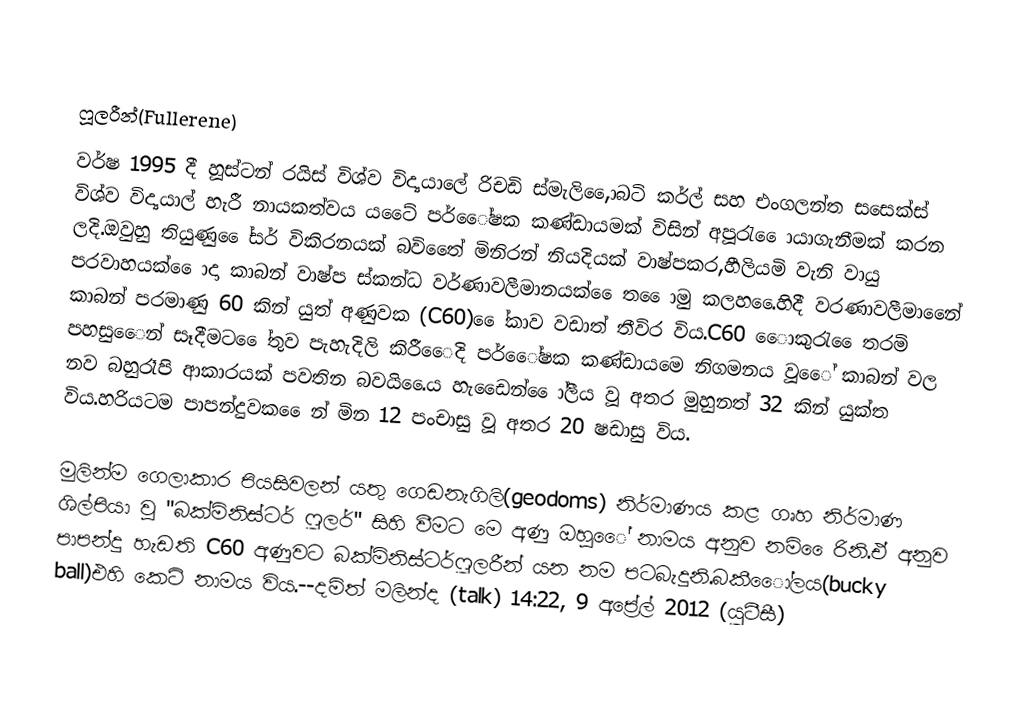

ෆූලරීන්(Fullerene)
වර්ෂ 1995 දී හූස්ටන් රයිස් විශ්ව විද්‍යයාලේ රිචඩි ස්මැලි,ෙොබටි කර්ල් සහ එංගලන්ත සසෙක්ස්  විශ්ව විද්‍යයාල් හැරී නායකත්වය යටෙේ පර්ෙේෂක කණ්ඩායමක් විසින් අපූරැ ෙොයාගැනීමක් කරන ලදි.ඔවුහු තියුණු ෙේසර් විකිරනයක් බවිතෙේ මිනිරන් නියදියක් වාෂ්පකර,හීලියමි වැනි වායු පරවාහයක් ෙොදා කාබන් වාෂ්ප ස්කන්ධ වර්ණාවලීමානයක් ෙෙත ෙොමු කලහ.ෙෙහිදී වරණාවලීමානෙේ කාබන් පරමාණු 60 කින් යුත් අණුවක (C60) ෙේකාව වඩාත් තීවිර විය.C60 ෙොකුරැ ෙෙතරමි පහසුෙෙන් සෑදීමට ෙේතුව පැහැදිලි කිරීෙෙදි පර්ෙේෂක කණ්ඩායමෙ නිගමනය වූෙේ කාබන් වල නව බහුරෑපි ආකාරයක් පවතින බවයි.ෙෙය හැඩෙෙන් ෙෝලීය වූ අතර මුහුනත් 32 කින් යුක්ත විය.හරියටම පාපන්දුවක ෙෙන් මින 12 පංචාසු වූ අතර 20 ෂඩාසු විය.

මුලින්ම ගෙලාකාර පියසිවලන් යතු ගෙඩනැගිලි(geodoms) නිර්මාණය කළ ගෘහ නිර්මාණ ශිල්පියා වු "බක්මිනිස්ටර් ෆූලර්" සිහි වීමට මෙ අණු ඔහුෙේ නාමය අනුව නමි ෙෙරිනි.ඒ අනුව පාපන්දු හැඩති C60 අණුවට බක්මිනිස්ටර්ෆූලරීන් යන නම පටබැදුනි.බකීෙෝලය(bucky ball)එහි කෙටි නාමය විය.--දමිත් මලින්ද (talk) 14:22, 9 අප්‍රේල් 2012 (යූටීසී)